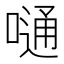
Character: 嗵